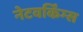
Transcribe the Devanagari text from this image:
नेटवर्किंग्स